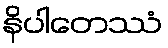
နိပါတေဿံ